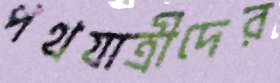
পথযাত্রীদের